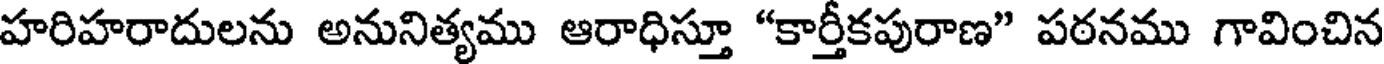
హరిహరాదులను అనునిత్యము ఆరాధిస్తూ "కార్తీకపురాణ" పఠనము గావించిన